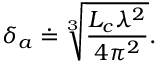
\delta _ { a } \doteq \sqrt [ 3 ] { \frac { L _ { c } \lambda ^ { 2 } } { 4 \pi ^ { 2 } } } .